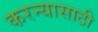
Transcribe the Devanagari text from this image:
करन्यासाठी